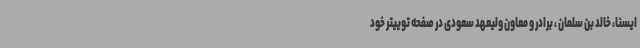
ایسنا، خالد بن سلمان ، برادر و معاون ولیعهد سعودی در صفحه توییتر خود